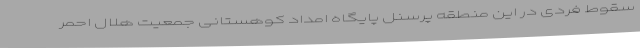
سقوط فردی در این منطقه پرسنل پایگاه امداد کوهستانی جمعیت هلال احمر